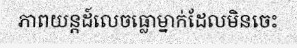
ភាពយន្តដ៍លេចធ្លោម្នាក់ដែលមិនចេះ